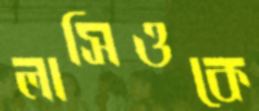
লাসিওকে